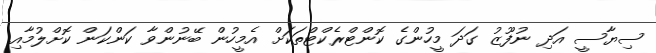
ސިޔާސީ އަދި ނުފޫޒު ގަަދަ މީހުންގެ ކޮންޓްރެކްޓްތަކަށް އެމީހުން ބޭނުންވާ ކަންކަން ކޮށްލުމާއި